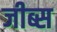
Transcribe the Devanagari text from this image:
जीब्स